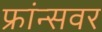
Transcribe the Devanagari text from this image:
फ्रांन्सवर